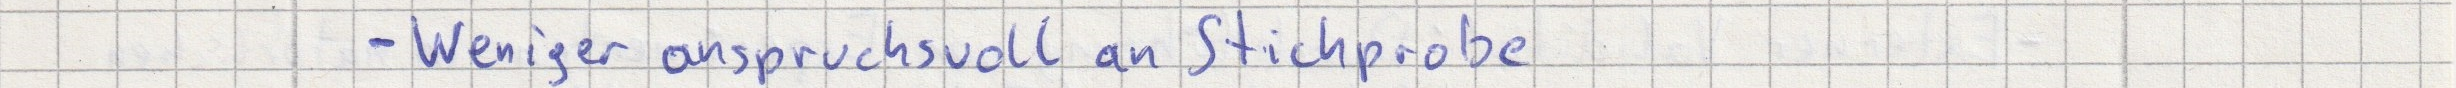
- Weniger anspruchsvoll an Stichprobe